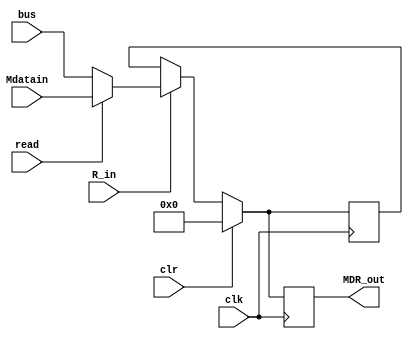
//filename mdr_unit.v

module mdr_unit(
	input clk, clr, R_in, read,
	input [31:0] Mdatain, bus,
	output reg [31:0] MDR_out
);

reg [31:0] MDR_data;


always@(posedge clk)
begin
	if(clr)begin
		MDR_out = 0;
		MDR_data = 0;
	end
	else if(R_in)begin
		
		if(read)
			MDR_data = Mdatain;
		else
			MDR_data = bus;
	end
	MDR_out = MDR_data;
	$display("MDR contents: %h", MDR_data);
end
endmodule